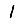
Digit: 1